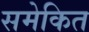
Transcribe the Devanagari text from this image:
समेकित